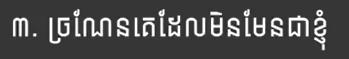
៣. ច្រណែនគេដែលមិនមែនជាខ្ញុំ